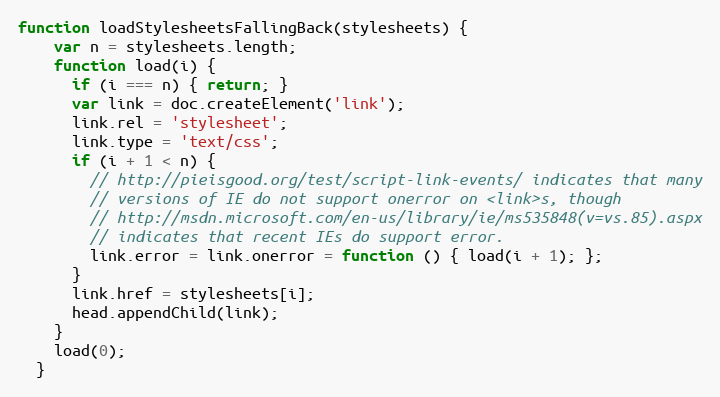
Language: JavaScript
function loadStylesheetsFallingBack(stylesheets) {
    var n = stylesheets.length;
    function load(i) {
      if (i === n) { return; }
      var link = doc.createElement('link');
      link.rel = 'stylesheet';
      link.type = 'text/css';
      if (i + 1 < n) {
        // http://pieisgood.org/test/script-link-events/ indicates that many
        // versions of IE do not support onerror on <link>s, though
        // http://msdn.microsoft.com/en-us/library/ie/ms535848(v=vs.85).aspx
        // indicates that recent IEs do support error.
        link.error = link.onerror = function () { load(i + 1); };
      }
      link.href = stylesheets[i];
      head.appendChild(link);
    }
    load(0);
  }